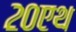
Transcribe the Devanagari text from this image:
२०एथ